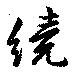
繞